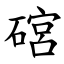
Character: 䃔